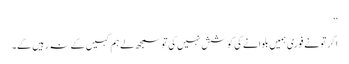
‘‘
اگر تو نے فوری ہمیں بلوانے کی کوشش نہیں کی تو سمجھ لے ہم کہیں کے نہ رہیں گے۔